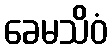
ခေမသိဝံ